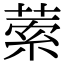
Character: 𦴃